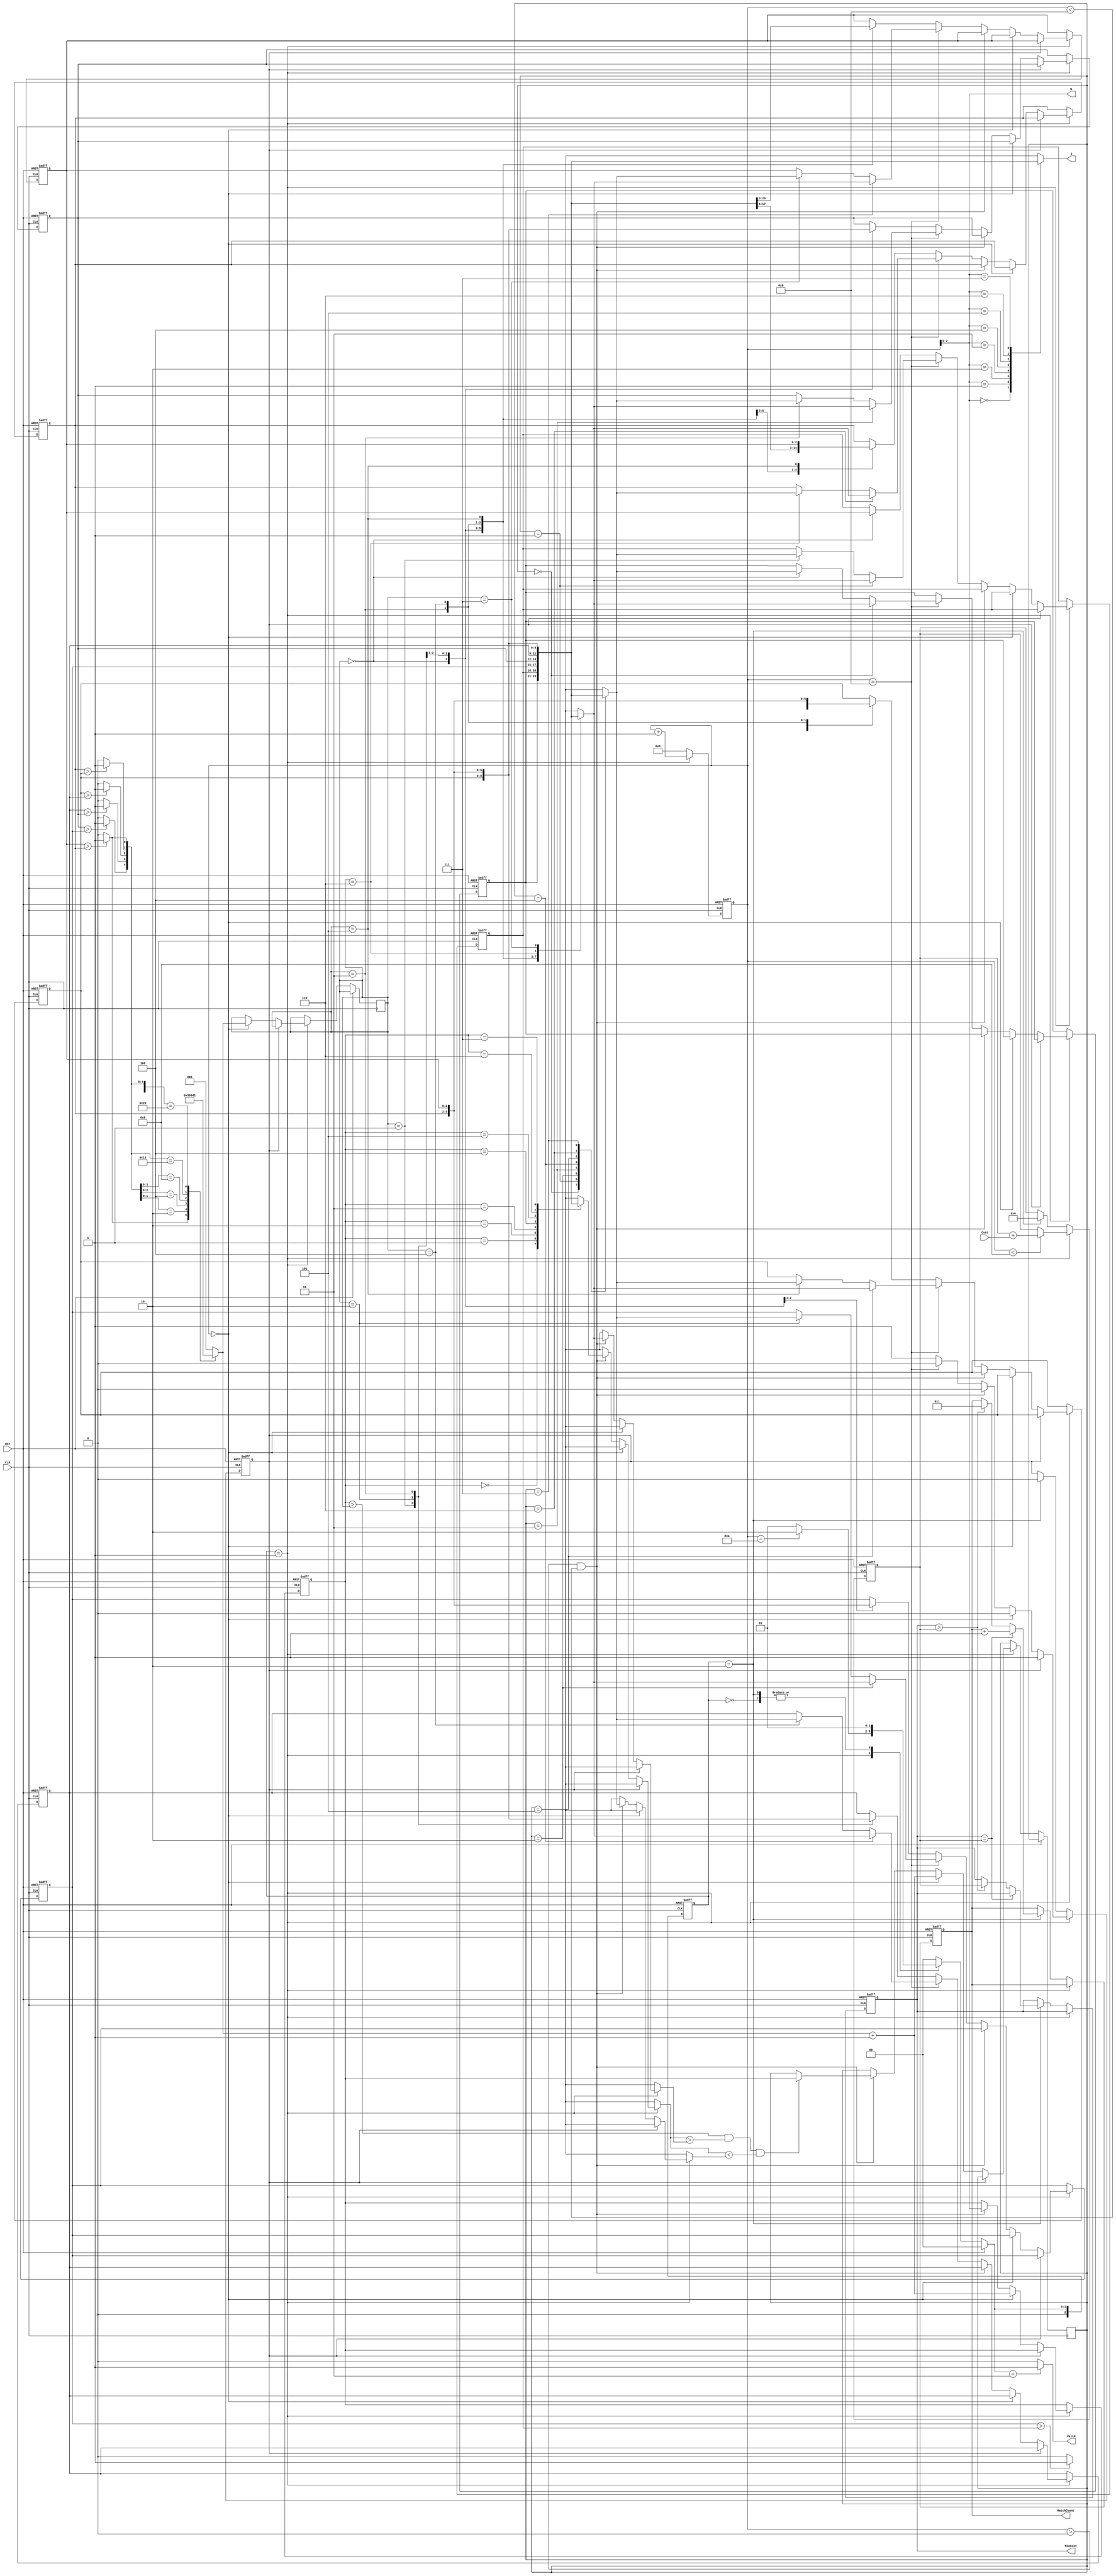
module JAM (
input CLK,
input RST,
output  [2:0] W,
output  [2:0] J,
input [6:0] Cost,
output reg [3:0] MatchCount,
output reg [9:0] MinCost,
output reg Valid );

reg [2:0] state, next_state;
parameter IDLE = 3'd0;
parameter READ = 3'd1;
parameter CAL  = 3'd2;
parameter OUT  = 3'd3;

reg [9:0]min;
reg [2:0]arr[0:7];
reg [3:0]cnt;
wire [6:0]cmp;
reg [2:0]idx;
reg done;
reg [2:0]i;
reg [2:0]sw;
reg [2:0]tmp;
always@(posedge CLK or posedge RST)begin
    if(RST)
        state <= IDLE;
    else
        state <= next_state;
end

always @(*) begin
    if(RST)
        next_state = IDLE;
    else begin
        case(state)
            IDLE:
                next_state = READ;
            READ:begin
                if(cnt == 4'd10) next_state = CAL;
                else next_state = READ;
            end
            CAL:begin
                if(arr[0]==3'd7&&arr[1]==3'd6&&arr[2]==3'd5&&arr[3]==3'd4&&
                   arr[4]==3'd3&&arr[5]==3'd2&&arr[6]==3'd1&&arr[7]==3'd0) 
                   next_state = READ;
                else next_state = READ; 
                
            end
            OUT:begin
                next_state = IDLE;
            end
            default:
                next_state = IDLE;
        endcase 
    end
end

//cnt
always @(posedge CLK or posedge RST) begin
    if(RST)
        cnt <= 0;
    else if(state == READ)
        cnt <= cnt + 1;
    else 
        cnt <= 0;
end

assign cmp[0] = (arr[7] > arr[6]) ? 1:0;
assign cmp[1] = (arr[6] > arr[5]) ? 1:0;
assign cmp[2] = (arr[5] > arr[4]) ? 1:0;
assign cmp[3] = (arr[4] > arr[3]) ? 1:0;
assign cmp[4] = (arr[3] > arr[2]) ? 1:0;
assign cmp[5] = (arr[2] > arr[1]) ? 1:0;
assign cmp[6] = (arr[1] > arr[0]) ? 1:0;


//sorting
always@(posedge CLK or posedge RST)begin
    if(RST)begin
        arr[0] <= 4'd0;
        arr[1] <= 4'd1;
        arr[2] <= 4'd2;
        arr[3] <= 4'd3;
        arr[4] <= 4'd4;
        arr[5] <= 4'd5;
        arr[6] <= 4'd6;
        arr[7] <= 4'd7;
        done <= 0;
        i <= 0;
    end
    else if(state == READ)begin
        if(!done)begin
            
        
            if(cnt == 0)begin
                sw <= idx;
                i <= idx + 1;
                tmp <= idx+1;
            end
            else if(cnt>0 && cnt < 4'd9)begin
                tmp <= (i>sw && arr[i]>arr[sw] && arr[i] < arr[tmp]) ? i : tmp;
                i <= cnt;
            end
            else if(cnt == 4'd9)begin
                arr[sw] <= arr[tmp];
                arr[tmp] <= arr[sw];
            end
            else begin
                case(sw)
                    0:begin
                        arr[7] <= arr[1];
                        arr[1] <= arr[7];

                        arr[2] <= arr[6];
                        arr[6] <= arr[2];

                        arr[3] <= arr[5];
                        arr[5] <= arr[3];
                    end

                    1:begin
                        arr[7] <= arr[2];
                        arr[2] <= arr[7];

                        arr[3] <= arr[6];
                        arr[6] <= arr[3];

                        arr[4] <= arr[5];
                        arr[5] <= arr[4];
                    end

                    2:begin
                        arr[7] <= arr[3];
                        arr[3] <= arr[7];

                        arr[6] <= arr[4];
                        arr[4] <= arr[6];
                    end

                    3:begin
                        arr[7] <= arr[4];
                        arr[4] <= arr[7];

                        arr[5] <= arr[6];
                        arr[6] <= arr[5];
                    end

                    4:begin
                        arr[7] <= arr[5];
                        arr[5] <= arr[7];
                    end

                    5:begin
                        arr[7] <= arr[6];
                        arr[6] <= arr[7];
                    end
                endcase
                done <= 1;
            end
        end
    end
    else if (state == CAL)begin
        done <= 0;
    end
end

assign W = cnt;
assign J = arr[cnt];

//DATA INPUT
always @(posedge CLK or posedge RST) begin
    if(RST)begin
        MinCost <= 10'd1023;
        min <= 0;
        MatchCount <= 0;
    end
    else if(state == READ)begin
        if(cnt < 4'd8)begin
            min <= min + Cost;
        end
    end
    else if(state == CAL) begin
        
        if(MinCost == min)begin
            MatchCount <= MatchCount + 1;
        end
        else if(MinCost > min)begin
            MinCost <= min;
            MatchCount <= 1;
        end
        min <= 0;
    end

end

//CMP
always@(*)begin
    casex (cmp)
        7'bxxxxxx1: idx = 6;
        7'bxxxxx10: idx = 5;
        7'bxxxx100: idx = 4;
        7'bxxx1000: idx = 3;
        7'bxx10000: idx = 2;
        7'bx100000: idx = 1;
        7'b1000000: idx = 0;
        default : idx = 0;
    endcase
end

//output 
always @(*) begin
    if(next_state == OUT)
        Valid = 1;
    else
        Valid = 0;
end



endmodule